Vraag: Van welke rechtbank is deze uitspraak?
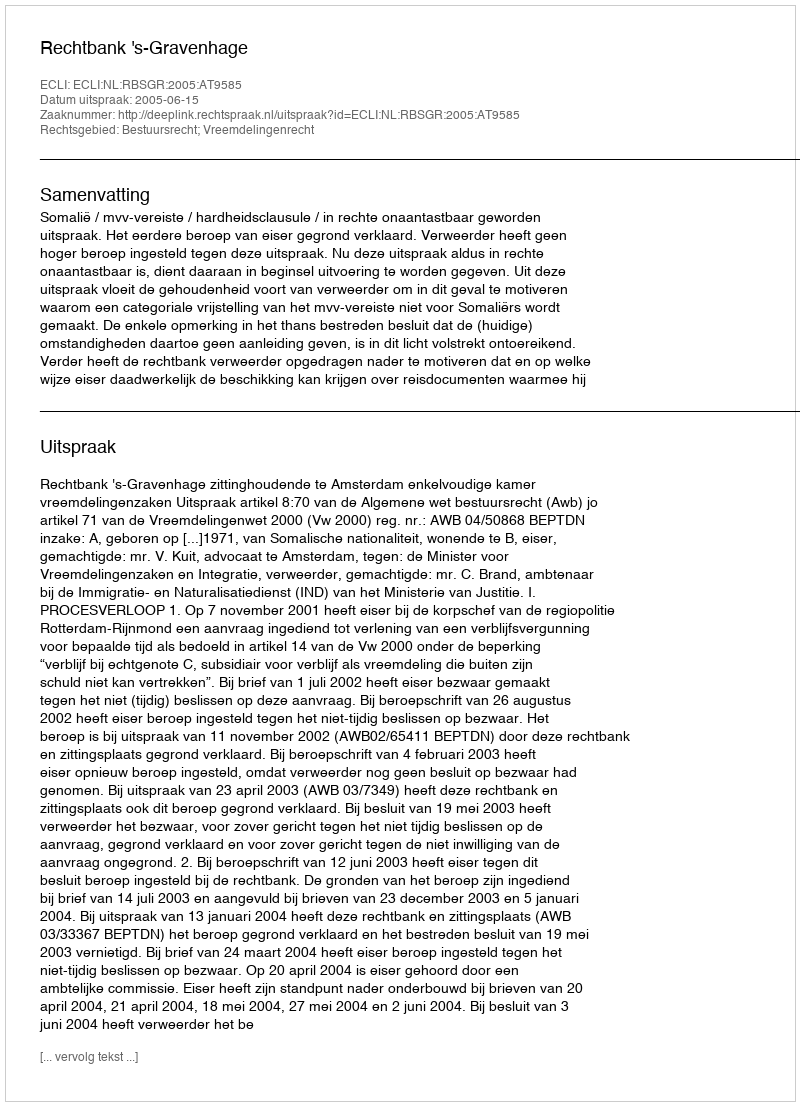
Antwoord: Rechtbank 's-Gravenhage